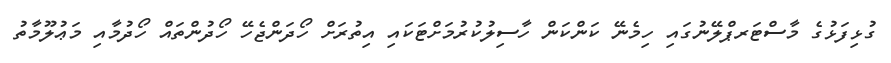
ގުޅިފަޅުގެ މާސްޓަރޕްލޭނުގައި ހިމެނޭ ކަންކަން ހާސިލުކުރުމަށްޓަކައި އިތުރަށް ހޯދަންޖެހޭ ހޯދުންތައް ހޯދުމާއި މަޢުލޫމާތު